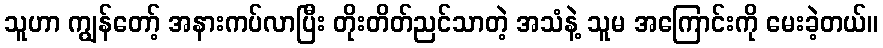
သူဟာ ကျွန်တော့် အနားကပ်လာပြီး တိုးတိတ်ညင်သာတဲ့ အသံနဲ့ သူမ အကြောင်းကို မေးခဲ့တယ်။